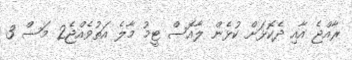
ރާއްޖެ އާއި ދެކޮޅަށް ކުޅެން ލާއޮސް ޓީމު މާލެ އަތުވެއްޖެ2 މަސް 3